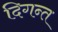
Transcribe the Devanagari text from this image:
दिगन्‍त